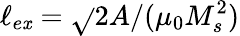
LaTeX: \ell_{e\mathit{x}}=\sqrt{}{{2A/(\mu_{0}M_{s}^{2})}}